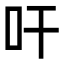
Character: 𭆺